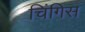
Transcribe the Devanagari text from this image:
चिंगिस